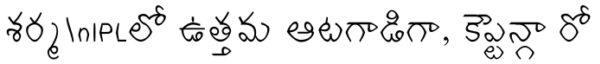
శర్మ\nIPLలో ఉత్తమ ఆటగాడిగా, కెప్టెన్గా రో